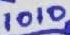
Text: 1010